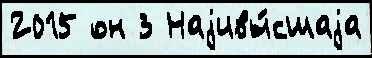
2015 он 3 Наjивы́сшаjа